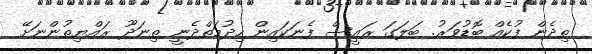
ތިދެން ފުކެއް ބޮޑުވަރު. ބަލަގަ ރައީސް ފެނަކައިން ހިދުމަތްދެނީ ތިނަދޫ ރައްޔިތުންނަށޭ